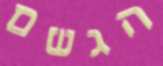
הגשם